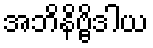
အဘိနိဗ္ဗိဒါယ